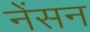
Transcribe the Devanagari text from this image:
नेंसन